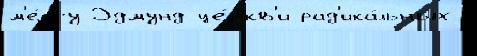
м'е́ссу Эдмунд це́ркв'и рад'ика́льных